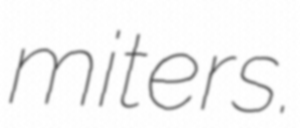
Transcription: miters.